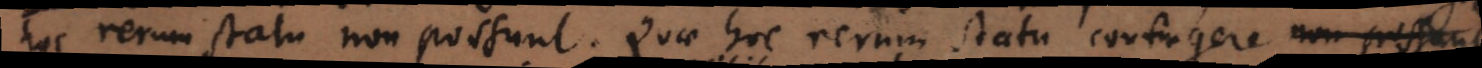
hoc rerum statu non possunt. Quae hoc rerum statu contingere non possunt